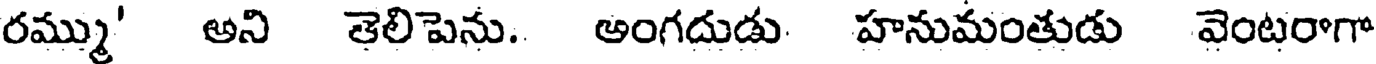
రమ్ము' అని తెలిపెను. అంగదుడు. హనుమంతుడు వెంటరాగా